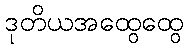
ဒုတိယအထွေထွေ